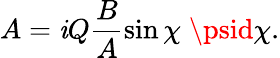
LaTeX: A=\mathit{i}Q\frac{{B}}{{A}}\sin\chi\; \psid\chi.